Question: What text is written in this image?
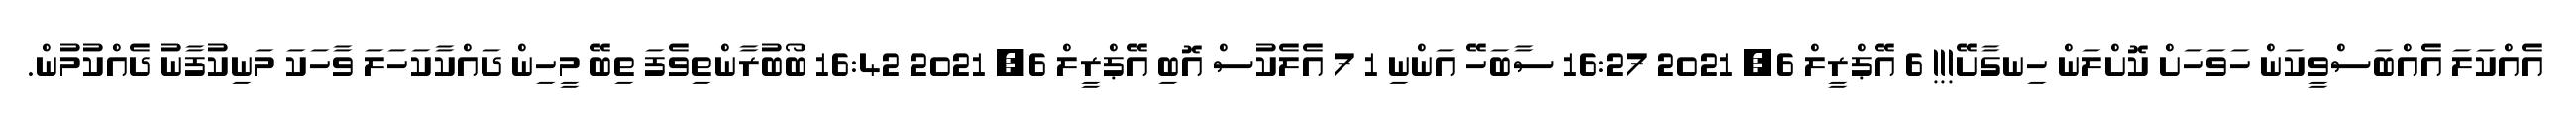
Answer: އެއްކަލަ އެއްބަސްވީކަން ހަވަހަށް ކޮށްލަން ހިނގާށޭ!!! 6 އޭޕްރީލް 6, 2021 16:27 ސާބަހޭ އަންނި 1 7 އެލެކުސް އޮބި އޭޕްރީލް 6, 2021 16:42 ބޯބުރާންތިވެފަ ތިބޭ މީހިން ދައްކާކަހަލަ ވާހަކަ މަނިކުފާނު ދެއްކުމުން.